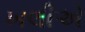
ખલીએ